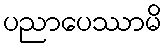
ပညာပေဿာမိ